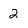
Character: 2